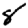
Digit: 8